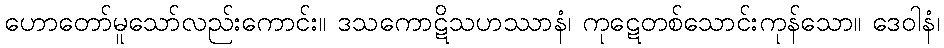
ဟောတော်မူသော်လည်းကောင်း။ ဒသကောဋိသဟဿာနံ၊ ကုဋေတစ်သောင်းကုန်သော။ ဒေဝါနံ၊